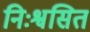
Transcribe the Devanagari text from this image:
निःश्वसित